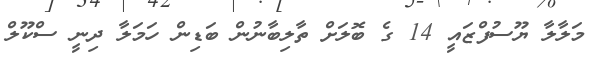
މަލާލާ ޔޫސުފްޒައީ 14 ގެ ބޮލަށް ތާލިބާނުން ބަޑިން ހަމަލާ ދިނީ ސްކޫލް